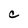
Character: C